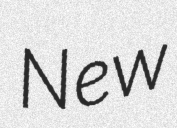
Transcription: New